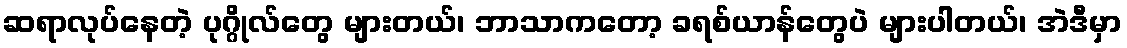
ဆရာလုပ်နေတဲ့ ပုဂ္ဂိုလ်တွေ များတယ်၊ ဘာသာကတော့ ခရစ်ယာန်တွေပဲ များပါတယ်၊ အဲဒီမှာ